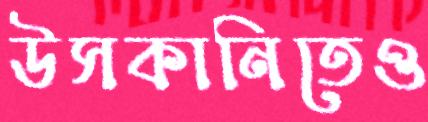
উসকানিতেও